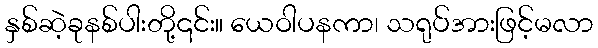
နှစ်ဆဲ့ခုနစ်ပါးတို့၎င်း။ ယေဝါပနကာ၊ သရုပ်အားဖြင့်မလာ